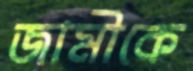
জামীকে